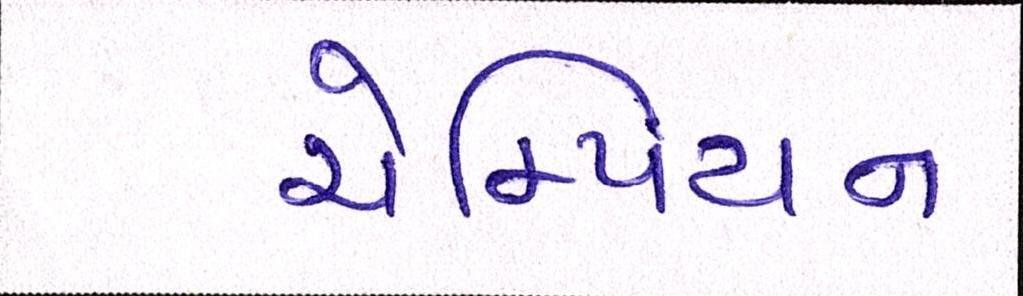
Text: ચેમ્પિયન